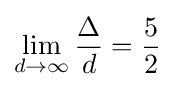
\lim _{d\rightarrow \infty }{\frac {\Delta }{d}}={\frac {5}{2}}